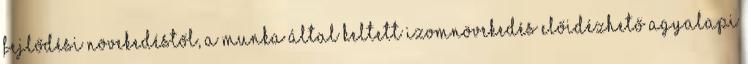
fejlődési növekedéstől, a munka által keltett izomnövekedés előidézhető agyalapi